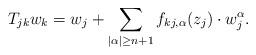
LaTeX: \begin{align*}T_{jk} w_k = w_j+\sum_{|\alpha|\geq n+1}f_{kj, \alpha}(z_j)\cdot w_j^\alpha. \end{align*}